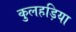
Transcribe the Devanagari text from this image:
कुलहड़िया